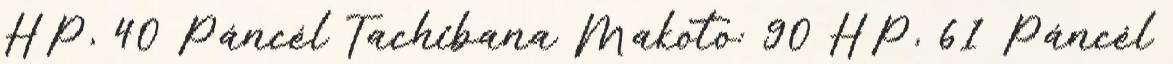
HP, 40 Páncél Tachibana Makoto: 90 HP, 61 Páncél